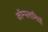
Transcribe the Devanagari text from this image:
कॉम्पलानियों